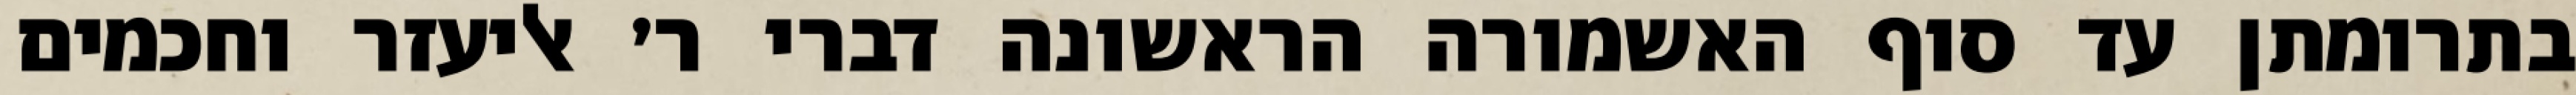
בתרומתן עד סוף האשמורה הראשונה דברי ר׳ אליעזר וחכמים